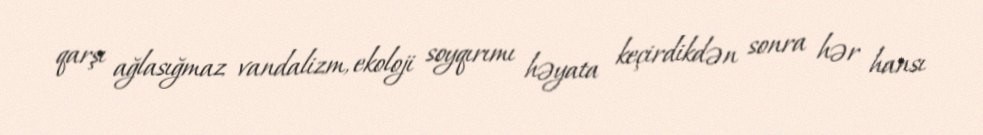
qarşı ağlasığmaz vandalizm, ekoloji soyqırımı həyata keçirdikdən sonra hər hansı